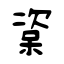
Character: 楶